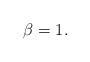
LaTeX: \begin{align*}\beta=1. \end{align*}